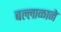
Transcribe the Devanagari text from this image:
बल्लाळाने